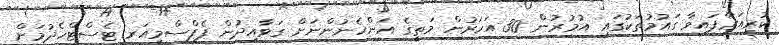
ކުރިއަރާފައިވާ ގައުމުތަކުގައި އުމުރުން 30 އަހަރުން މަތީގެ އަންހެނުންނަށް ގަވާއިދުން ޕެޕްސްމިއަރ ޓެސްޓްހެދުމަށް